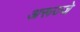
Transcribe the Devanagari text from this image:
अरूज्जे